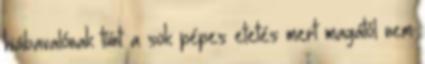
hiábavalónak tűnt a sok pépes etetés mert magától nem